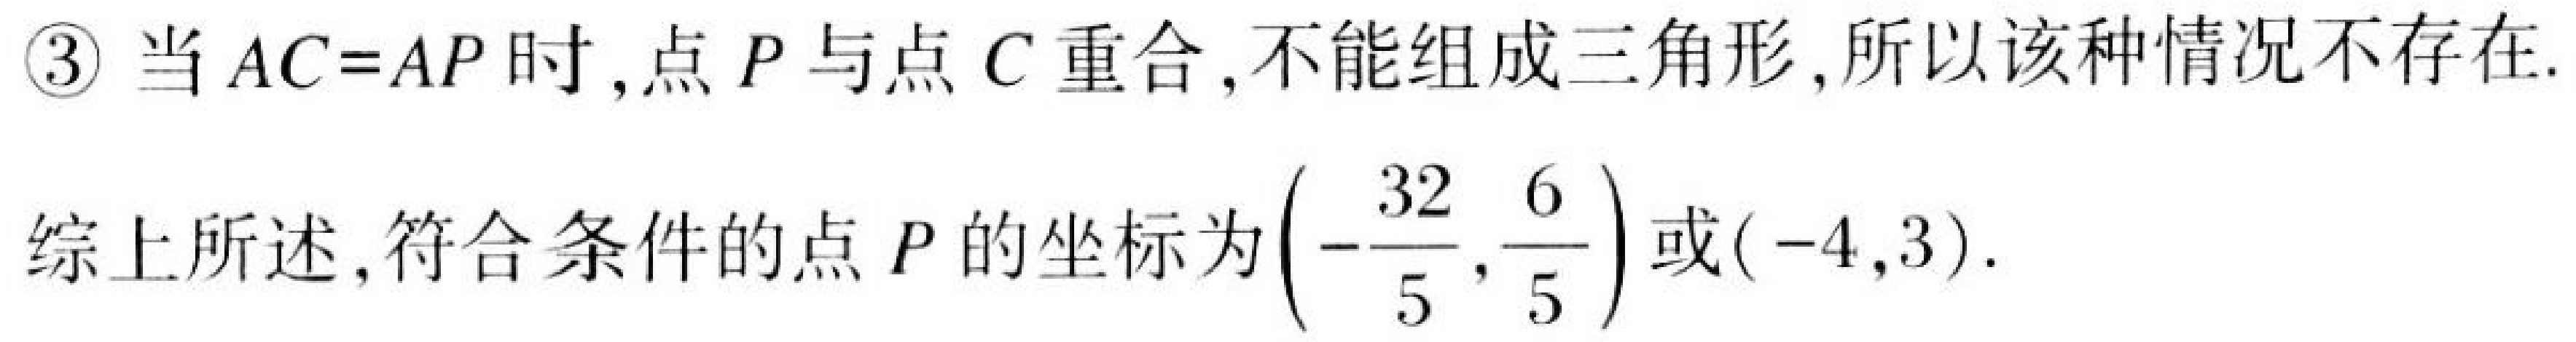
\textcircled{3} 当 \(AC = AP\) 时,点 \(P\) 与点 \(C\) 重合,不能组成三角形,所以该种情况不存在.

综上所述,符合条件的点 \(P\) 的坐标为\(\left(-\dfrac{32}{5},\dfrac{6}{5}\right)\)或\((-4,3)\).